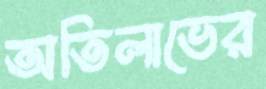
অতিলাভের